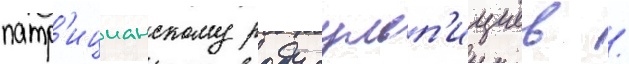
патр'ицианскому роду сульп'ициев /